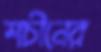
শচীনের